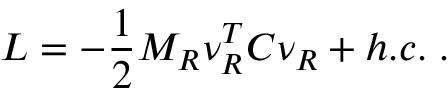
{ \cal L } = - \frac { 1 } { 2 } M _ { R } \nu _ { R } ^ { T } C \nu _ { R } + h . c . \; .